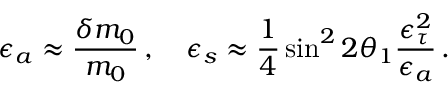
\epsilon _ { a } \approx { \frac { \delta m _ { 0 } } { m _ { 0 } } } \, , \quad \epsilon _ { s } \approx { \frac { 1 } { 4 } } \sin ^ { 2 } 2 \theta _ { 1 } { \frac { \epsilon _ { \tau } ^ { 2 } } { \epsilon _ { a } } } \, .